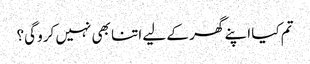
تم کیا اپنے گھر کے لیے اتنا بھی نہیں کرو گی؟